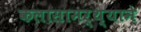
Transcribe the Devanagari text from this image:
कलासामर्थ्याने